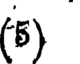
(5)